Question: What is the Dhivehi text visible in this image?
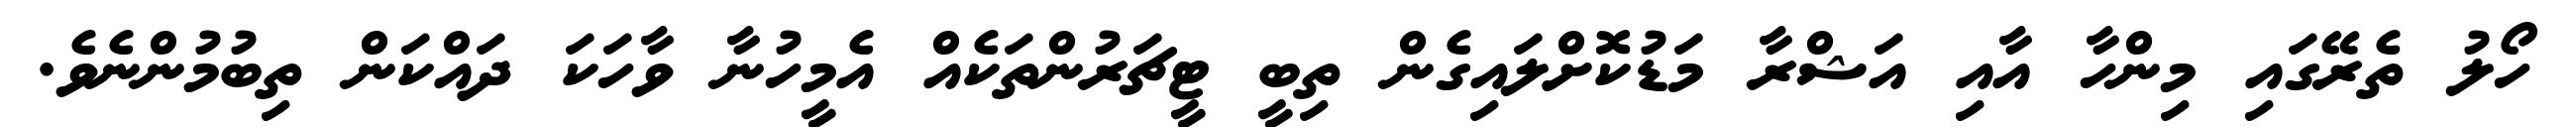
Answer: ހޯލު ތެރޭގައި މިންހާ އާއި އަޝްރާ މަޑުކޮށްލައިގެން ތިބީ ޓީޗަރުންތަކެއް އެމީހުނާ ވާހަކަ ދައްކަން ތިބުމުންނެވެ.